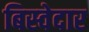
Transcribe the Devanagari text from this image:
बिस्‍वेदार